Indian journal of veterinary science and animal husbandry - Volume 10,
Year: 1940
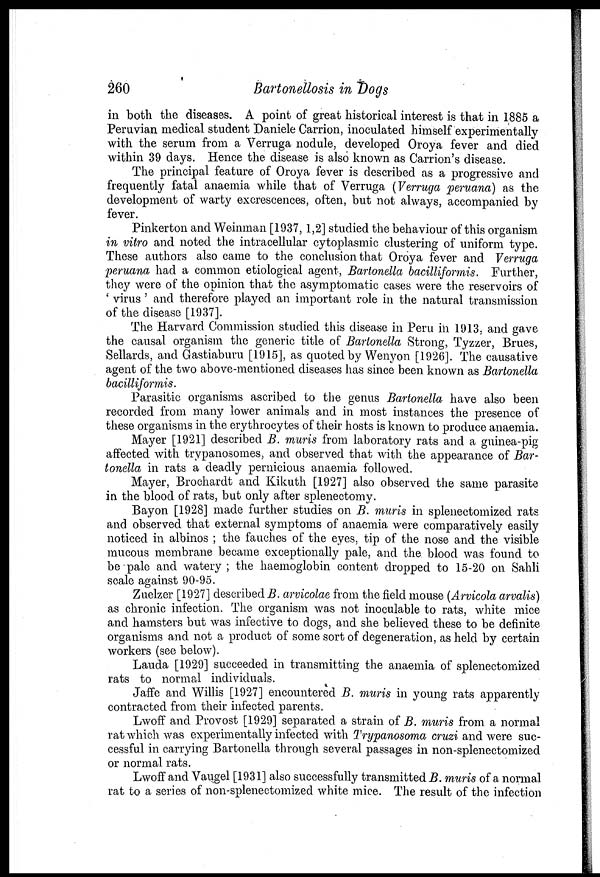
260
Bartonellosis in Dogs
in both the diseases. A point of great historical interest is that in 1885 a
Peruvian medical student Daniele Carrion, inoculated himself experimentally
with the serum from a Verruga nodule, developed Oroya fever and died
within 39 days. Hence the disease is also known as Carrion's disease.
The principal feature of Oroya fever is described as a progressive and
frequently fatal anaemia while that of Verruga (Verruga peruana) as the
development of warty excrescences, often, but not always, accompanied by
fever.
Pinkerton and Weinman [1937, 1,2] studied the behaviour of this organism
in vitro and noted the intracellular cytoplasmic clustering of uniform type.
These authors also came to the conclusion that Oroya fever and Verruga
peruana had a common etiological agent, Bartonella bacilliformis. Further,
they were of the opinion that the asymptomatic cases were the reservoirs of
' virus ' and therefore played an important role in the natural transmission
of the disease [1937].
The Harvard Commission studied this disease in Peru in 1913, and gave
the causal organism the generic title of Bartonella Strong, Tyzzer, Brues,
Sellards, and Gastiaburu [1915], as quoted by Wenyon [1926]. The causative
agent of the two above-mentioned diseases has since been known as Bartonella
bacilliformis.
Parasitic organisms ascribed to the genus Bartonella have also been
recorded from many lower animals and in most instances the presence of
these organisms in the erythrocytes of their hosts is known to produce anaemia.
Mayer [1921] described B. muris from laboratory rats and a guinea-pig
affected with trypanosomes, and observed that with the appearance of Bar-
tonella in rats a deadly pernicious anaemia followed.
Mayer, Brochardt and Kikuth [1927] also observed the same parasite
in the blood of rats, but only after splenectomy.
Bayon [1928] made further studies on B. muris in splenectomized rats
and observed that external symptoms of anaemia were comparatively easily
noticed in albinos ; the fauches of the eyes, tip of the nose and the visible
mucous membrane became exceptionally pale, and the blood was found to
be pale and watery ; the haemoglobin content dropped to 15-20 on Sahli
scale against 90-95.
Zuelzer [1927] described B. arvicolae from the field mouse (Arvicola arvalis)
as chronic infection. The organism was not inoculable to rats, white mice
and hamsters but was infective to dogs, and she believed these to be definite
organisms and not a product of some sort of degeneration, as held by certain
workers (see below).
Lauda [1929] succeeded in transmitting the anaemia of splenectomized
rats to normal individuals.
Jaffe and Willis [1927] encountered B. muris in young rats apparently
contracted from their infected parents.
Lwoff and Provost [1929] separated a strain of B. muris from a normal
rat which was experimentally infected with Trypanosoma cruzi and were suc-
cessful in carrying Bartonella through several passages in non-splenectomized
or normal rats.
Lwoff and Vaugel [1931] also successfully transmitted B. muris of a normal
rat to a series of non-splenectomized white mice. The result of the infection